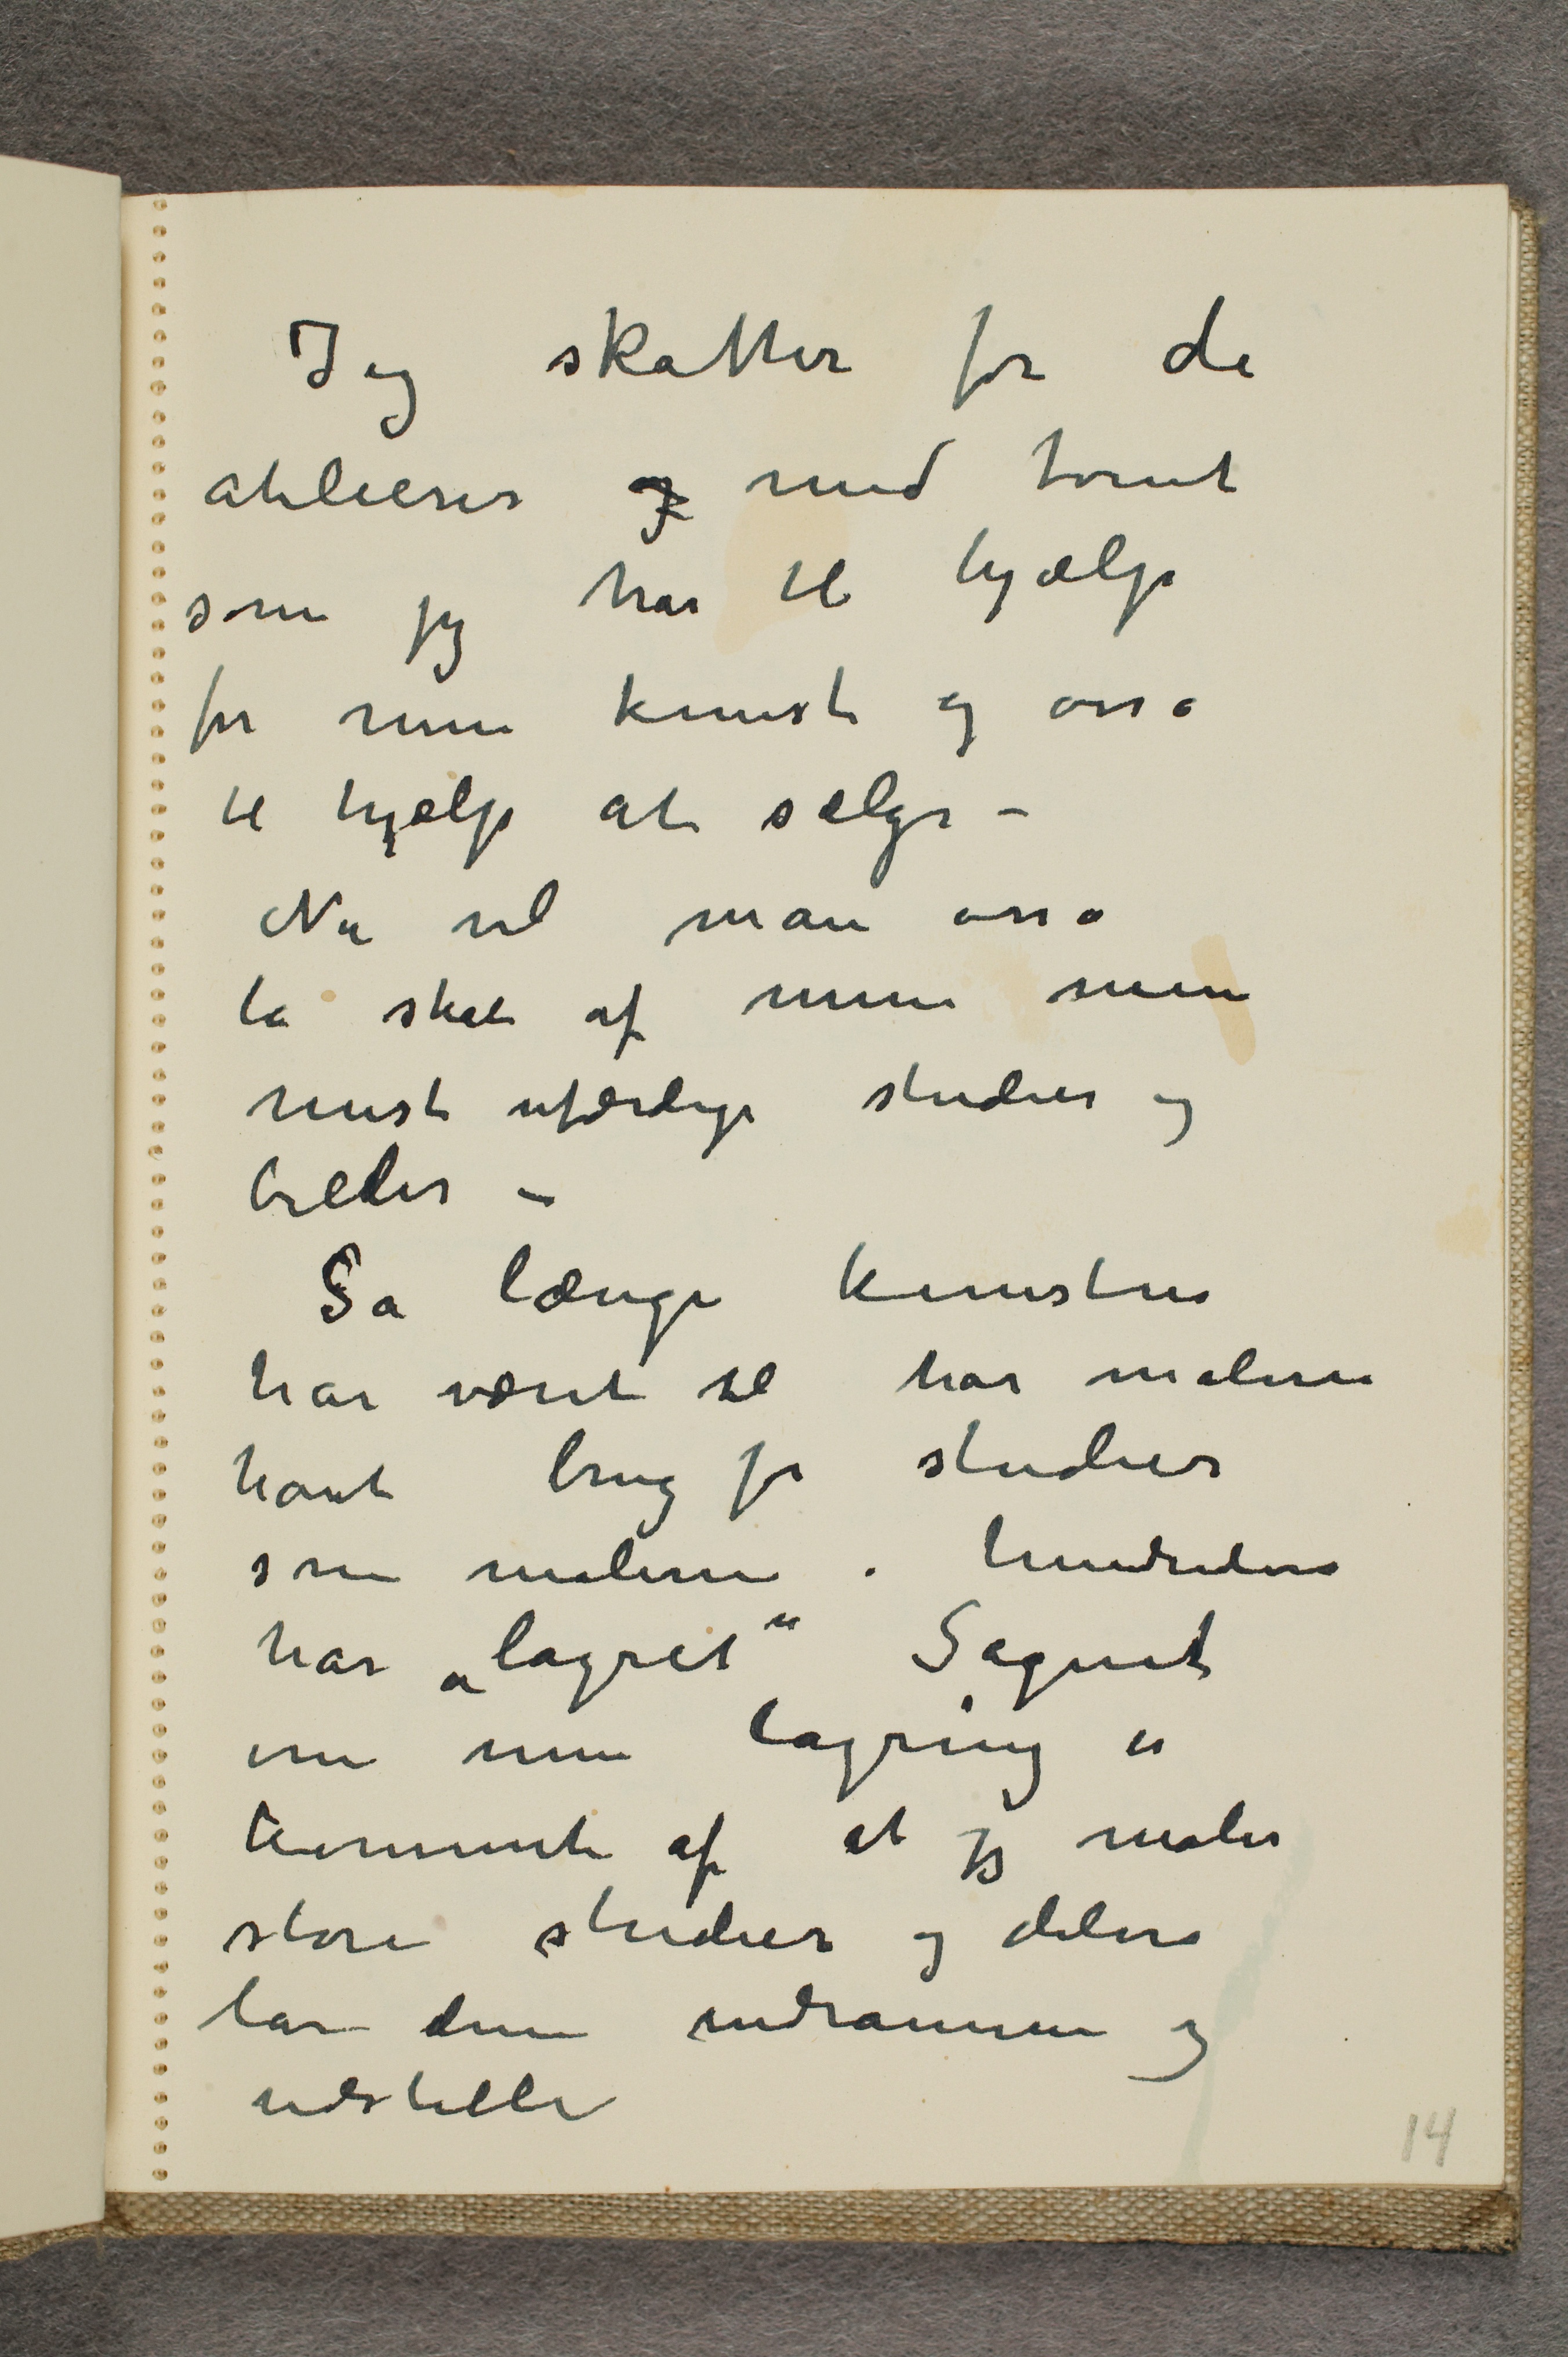
Jeg skatter for de
atelierer og med tomt
som jeg har til hjælp
for min kunst og osså
til hjælp at sælge -
Nu vil man osså
ta skat af mine mine
mest ufærdige studier og
billeder -
Så længe kunsten
har været til har malere
havt brug for studier
som malerne i hundrevis
har ”lagret” Sagnet
om min lagring er
kommet af at jeg maler
store studier og delvis
lar dem indramme og
udstille